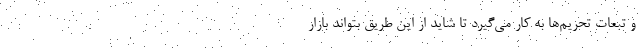
و تبعات تحریم‌ها به کار می‌گیرد تا شاید از این طریق بتواند بازار